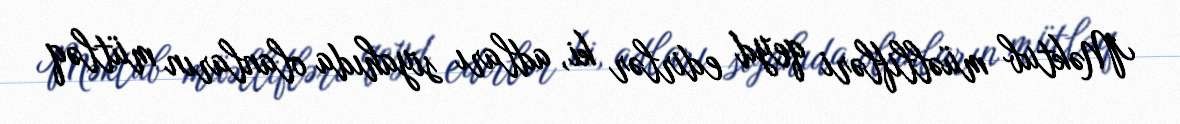
Məktub müəllifləri qeyd edirlər ki, adları siyahıda olanların mütləq